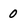
Character: 0